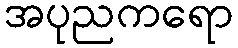
အပုညကရော